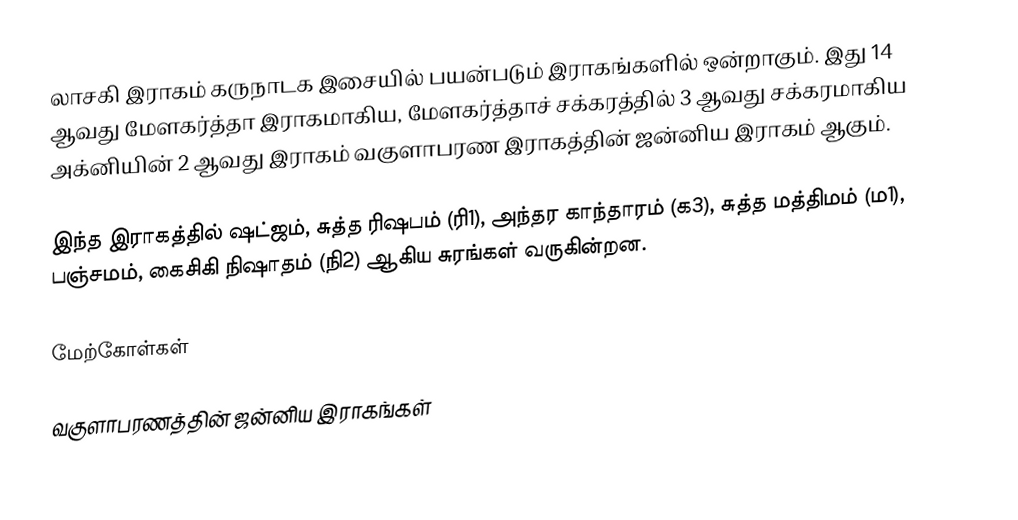
லாசகி இராகம் கருநாடக இசையில் பயன்படும் இராகங்களில் ஒன்றாகும். இது 14 ஆவது மேளகர்த்தா இராகமாகிய, மேளகர்த்தாச் சக்கரத்தில் 3 ஆவது சக்கரமாகிய அக்னியின் 2 ஆவது இராகம் வகுளாபரண இராகத்தின் ஜன்னிய இராகம் ஆகும்.

இந்த இராகத்தில் ஷட்ஜம், சுத்த ரிஷபம் (ரி1), அந்தர காந்தாரம் (க3), சுத்த மத்திமம் (ம1), பஞ்சமம், கைசிகி நிஷாதம் (நி2) ஆகிய சுரங்கள் வருகின்றன.

மேற்கோள்கள்

வகுளாபரணத்தின் ஜன்னிய இராகங்கள்